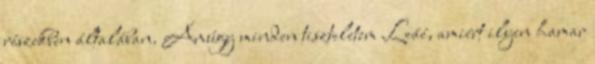
részekben általában. Amúgy minden tiszteletem Leáé, amiért ilyen hamar